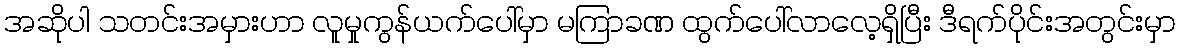
အဆိုပါ သတင်းအမှားဟာ လူမှုကွန်ယက်ပေါ်မှာ မကြာခဏ ထွက်ပေါ်လာလေ့ရှိပြီး ဒီရက်ပိုင်းအတွင်းမှာ